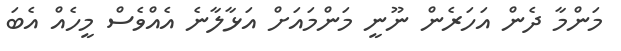
މަންމާ ދެން އަހަރެން ނޫނީ މަންމައަށް އަޅާލާނެ އެއްވެސް މީހެއް އެބަ